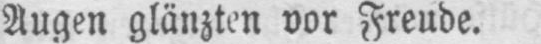
Augen glänzten vor Freude.